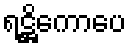
ရဋ္ဌိကောပေ